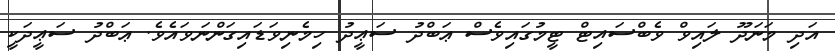
އަދި މަނަދޫ ލައިވް ވެބްސައިޓް ޓީމުގައިވެސް ޢަބްދު ސަޢީދު ހިމެނިވަޑައިގަންނަވައެވެ. ޢަބްދު ސަޢީދަކީ